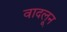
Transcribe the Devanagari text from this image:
वादलून